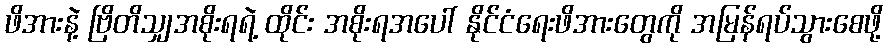
ဖိအားနဲ့ ဗြိတိသျှအစိုးရရဲ့ ထိုင်း အစိုးရအပေါ် နိုင်ငံရေးဖိအားတွေကို အမြန်ရပ်သွားစေဖို့